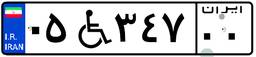
۰۵W۳۴۷۰۰